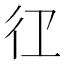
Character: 𭛝